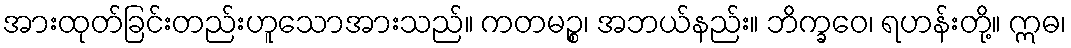
အားထုတ်ခြင်းတည်းဟူသောအားသည်။ ကတမဉ္စ၊ အဘယ်နည်း။ ဘိက္ခဝေ၊ ရဟန်းတို့။ ဣဓ၊